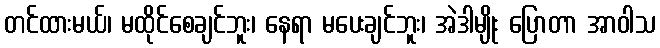
တင်ထားမယ်၊ မထိုင်စေချင်ဘူး၊ နေရာ မပေးချင်ဘူး၊ အဲဒါမျိုး ပြောတာ အာဝါသ